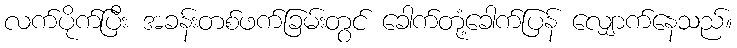
လက်ပိုက်ပြီး အခန်းတစ်ဖက်ခြမ်းတွင် ခေါက်တုံ့ခေါက်ပြန် လျှောက်နေသည်။